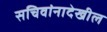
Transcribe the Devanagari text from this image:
सचिवांनादेखील